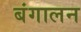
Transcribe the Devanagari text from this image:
बंगालन